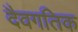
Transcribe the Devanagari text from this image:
दैवगतिक